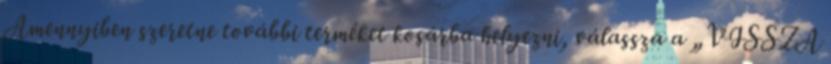
Amennyiben szeretne további terméket kosárba helyezni, válassza a „VISSZA